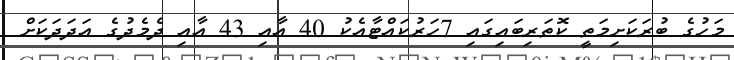
މަހުގެ ބުރަކަށިމަތީ ކޮތަރިބައިގައި 7ހަރުކައްޓާއެކު 40 އާއި 43 އާއި ދެމެދުގެ އަދަދަކަށް